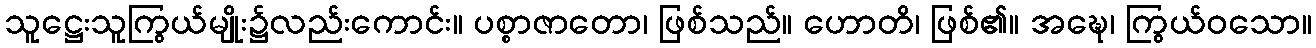
သူဋ္ဌေးသူကြွယ်မျိုး၌လည်းကောင်း။ ပစ္စာဇာတော၊ ဖြစ်သည်။ ဟောတိ၊ ဖြစ်၏။ အဍ္ဎေ၊ ကြွယ်ဝသော။